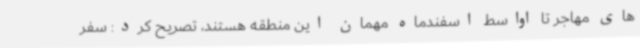
های مهاجر تا اواسط اسفندماه مهمان این منطقه هستند، تصریح کرد: سفر